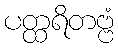
ပတ္ထရိတဗ္ဗံ